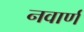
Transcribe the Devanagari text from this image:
नवार्ण